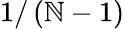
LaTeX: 1/\left(\mathbb{N}-1\right)